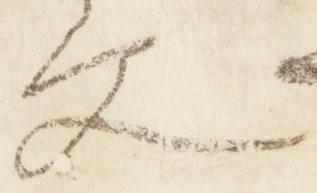
文